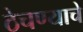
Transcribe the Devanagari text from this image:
ठेचण्याचे